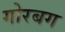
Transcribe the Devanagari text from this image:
गोरबग